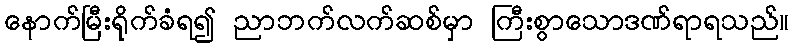
နောက်မြီးရိုက်ခံရ၍ ညာဘက်လက်ဆစ်မှာ ကြီးစွာသောဒဏ်ရာရသည်။